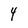
Character: 4